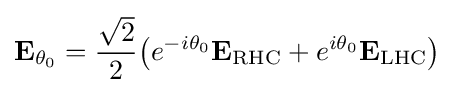
\mathbf {E} _{\theta _{0}}={\frac {\sqrt {2}}{2}}{\big (}e^{-i\theta _{0}}\mathbf {E} _{\text{RHC}}+e^{i\theta _{0}}\mathbf {E} _{\text{LHC}}{\big )}